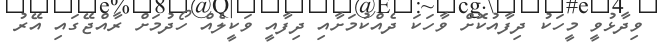
ވިދާޅުވީ މީހަކު ދިފާއުކޮށް ވާހަކަ ދެއްކުމަށާއި ދިފާއީ ވަކީލެއް ހޯދުމަށް ރާއްޖޭގައި އޭރު